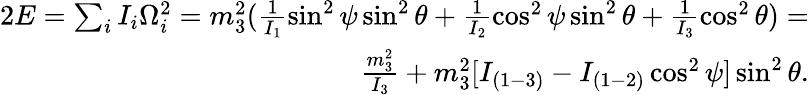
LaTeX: \begin{array}{r}{2E=\sum_{i}I_{i}\Omega_{i}^{2}=m_{3}^{2}(\frac{1}{I_{1}}\sin^{2}\psi\sin^{2}\theta+\frac{1}{I_{2}}\cos^{2}\psi\sin^{2}\theta+\frac{1}{I_{3}}\cos^{2}\theta)=}\\ {\frac{m_{3}^{2}}{I_{3}}+m_{3}^{2}[I_{(1-3)}-I_{(1-2)}\cos^{2}\psi]\sin^{2}\theta.}\end{array}